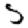
Digit: 5